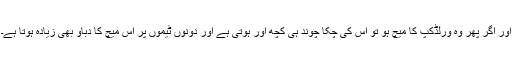
اور اگر پھر وہ ورلڈکپ کا میچ ہو تو اس کی چکا چوند ہی کچھ اور ہوتی ہے اور دونوں ٹیموں پر اس میچ کا دباؤ بھی زیادہ ہوتا ہے۔